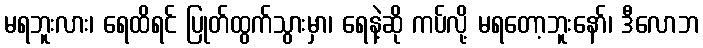
မရဘူးလား၊ ရေထိရင် ပြုတ်ထွက်သွားမှာ၊ ရေနဲ့ဆို ကပ်လို့ မရတော့ဘူးနော်၊ ဒီလောဘ